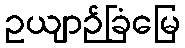
ဥယျာဉ်ခြံမြေ